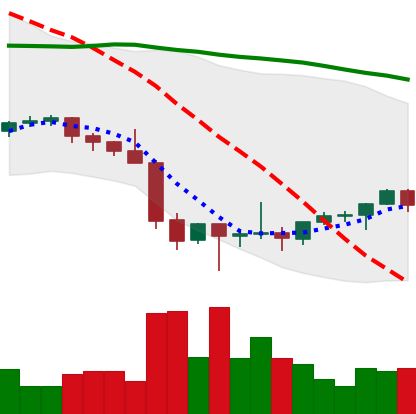
Ticker: ETH-USD
Chart end date: 2022-02-02
Forward return: 17.132%
Label: up_7plus